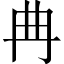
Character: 𱏺